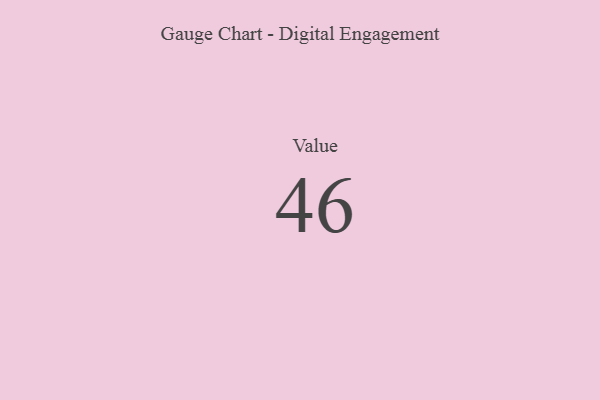
{"axis": {"x": "Metric", "y": "Value"}, "legend": [""], "data": [{"x": "Value", "y": 46, "type": ""}]}